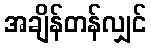
အချိန်တန်လျှင်